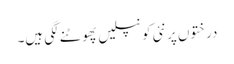
درختوں پر نئی کونپلیں پھوٹنے لگی ہیں۔